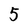
Character: 5